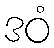
ဒဝံ